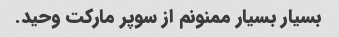
بسیار بسیار ممنونم از سوپر مارکت وحید.